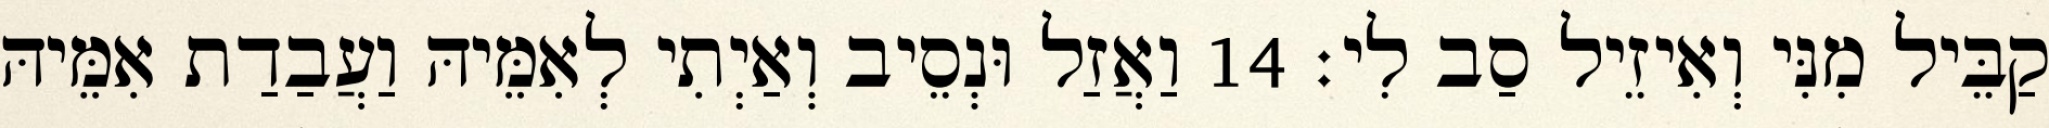
קַבֵּיל מִנִּי וְאִיזֵיל סַב לִי׃ 14 וַאֲזַל וּנְסֵיב וְאַיְתִי לְאִמֵּיהּ וַעֲבַדַת אִמֵּיהּ